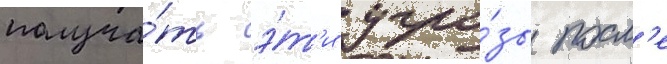
получа́ть э́т'и угро́зы посл'е